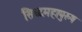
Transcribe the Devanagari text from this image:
सिध्दमहापुरुष